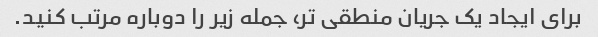
برای ایجاد یک جریان منطقی تر، جمله زیر را دوباره مرتب کنید.